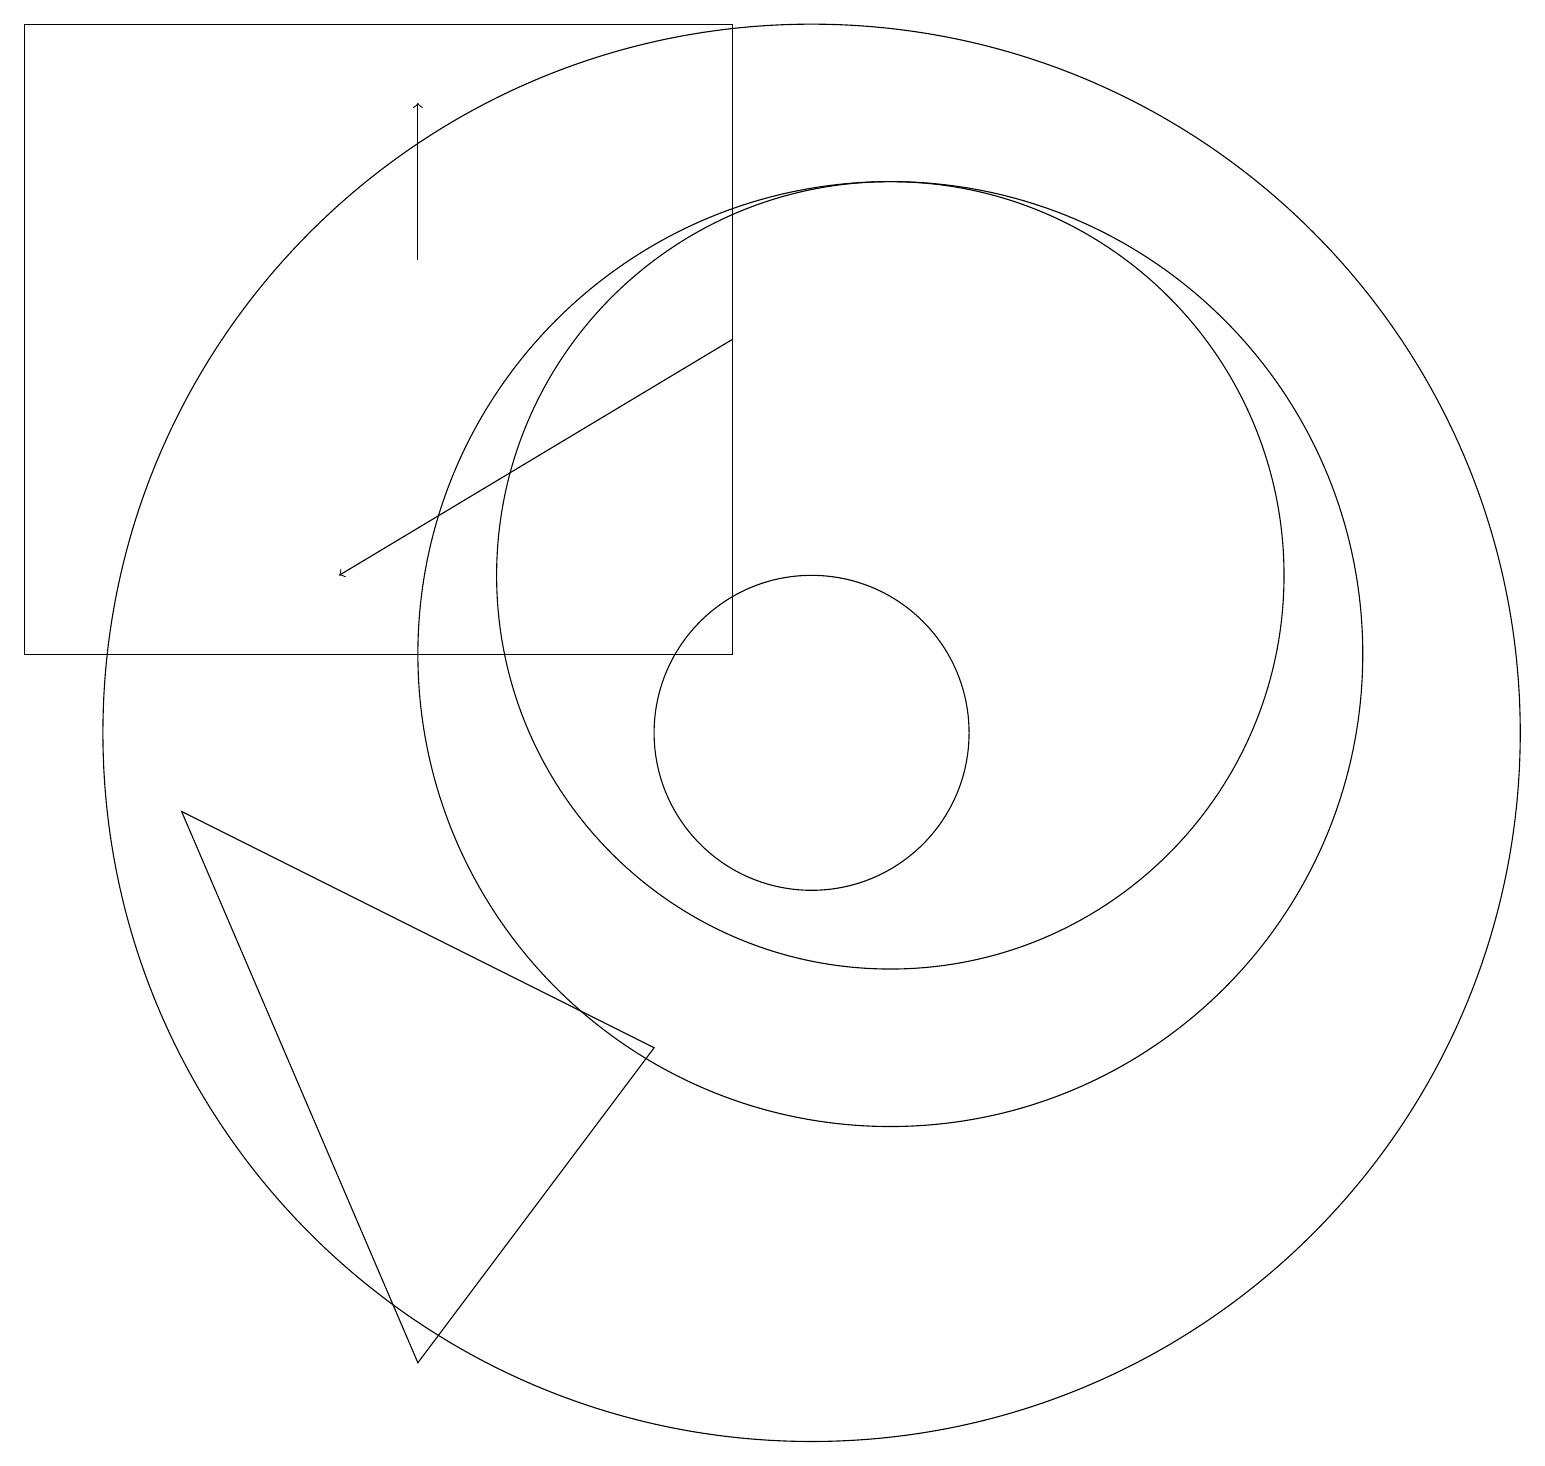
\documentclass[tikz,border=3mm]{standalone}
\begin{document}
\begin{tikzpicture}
\draw (11,11) circle (6);
\draw (11,12) circle (5);
\draw (10,10) circle (2);
\draw (10,10) circle (9);
\draw (9,19) rectangle (0,11);
\draw[->] (9,15) -- (4,12);
\draw (5,2) -- (2,9) -- (8,6) -- cycle;
\draw[->] (5,16) -- (5,18);
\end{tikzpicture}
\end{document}